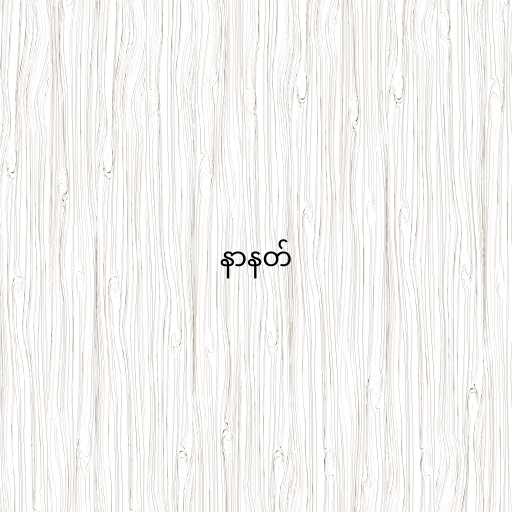
နာနတ်